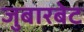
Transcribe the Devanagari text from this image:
जुबारबेट